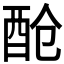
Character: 𮠞